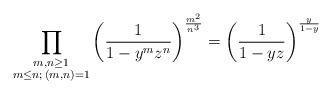
LaTeX: \begin{align*} \prod_{\substack{m,n \geq 1 \\ m \leq n ; \, (m,n)=1}} \left( \frac{1}{1- y^m z^n} \right)^{\frac{m^2 }{n^3}} = \left(\frac{1}{1-yz}\right)^{\frac{y}{1-y}} \end{align*}